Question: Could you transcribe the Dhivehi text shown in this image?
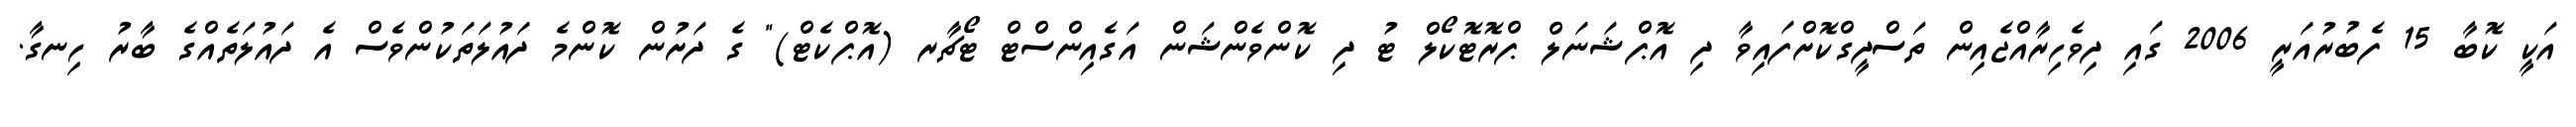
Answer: އަކީ ކޮބާ 15 ފެބުރުއަރީ 2006 ގައި ދިވެހިރާއްޖެއިން ތަސްދީގްކޮށްފައިވާ ދި އޮޕްޝަނަލް ޕްރޮޓޮކޯލް ޓު ދި ކޮންވެންޝަން އަގެއިންސްޓް ޓޯޗާރ (އޮޕްކެޓް)" ގެ ދަށުން ކޮންމެ ދައުލަތަކުންވެސް އެ ދައުލަތެއްގެ ބާރު ހިނގާ.